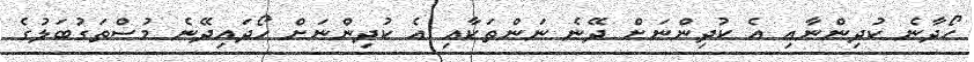
ހޯދާނެ ކުދިންނާއި އެ ކުދިންނަށް ދޭނެ ނަންތަކާއި އެ ކުދިންނަށް ހޯދައިދޭނެ މުސްތަގުބަލުގެ